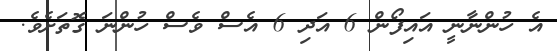
އެ ހުންނާނީ އައިފޯން 6 އަދި 6 އެސް ވެސް ހުންނަ ގޮތަށެވެ.